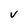
Character: v